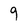
Character: 9